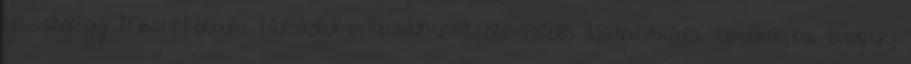
Igazságügyi Minisztérium társadalmi felzárkózásért felelős államtitkára szerint ha tudjuk,